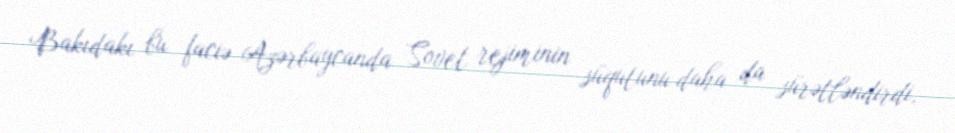
Bakıdakı bu faciə Azərbaycanda Sovet rejiminin süqutunu daha da sürətləndirdi,